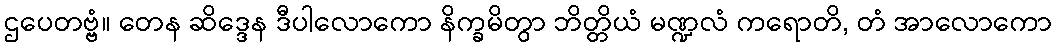
ဌပေတဗ္ဗံ။ တေန ဆိဒ္ဒေန ဒီပါလောကော နိက္ခမိတွာ ဘိတ္တိယံ မဏ္ဍလံ ကရောတိ, တံ အာလောကော